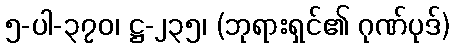
၅-ပါ-၃၇၀၊ ဋ္ဌ-၂၃၅၊ (ဘုရားရှင်၏ ဂုဏ်ပုဒ်)